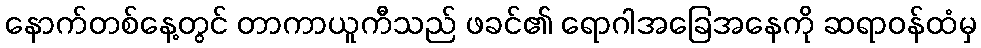
နောက်တစ်နေ့တွင် တာကာယူကီသည် ဖခင်၏ ရောဂါအခြေအနေကို ဆရာဝန်ထံမှ